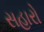
સહારો